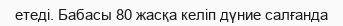
етеді. Бабасы 80 жасқа келіп дүние салғанда